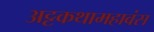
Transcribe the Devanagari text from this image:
अट्टकथामहावंस